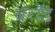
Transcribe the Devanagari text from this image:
बेरॉड